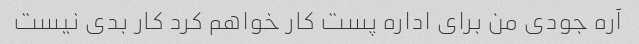
آره جودی من برای اداره پست کار خواهم کرد کار بدی نیست